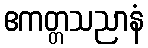
ဧကတ္တသညာနံ